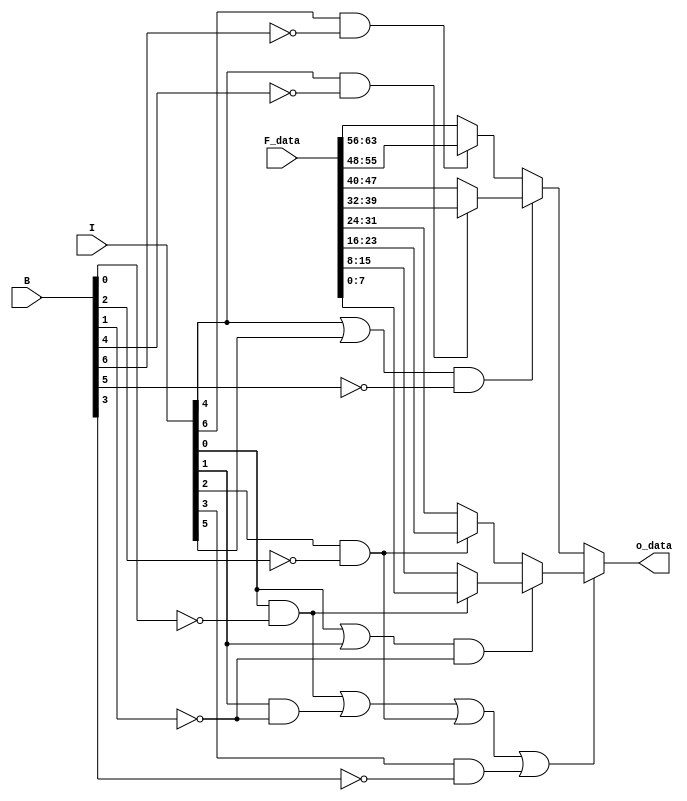
`timescale 1ns / 1ps
//////////////////////////////////////////////////////////////////////////////////
// Company: 
// Engineer: 
// 
// Design Name: 
// Module Name: 8
// Project Name: 
// Target Devices: 
// Tool Versions: 
// Description: 
// 
// Dependencies: 
// 
// Revision:
// Revision 0.01 - File Created
// Additional Comments:
// 
//////////////////////////////////////////////////////////////////////////////////
module Data8 #(parameter FIFOS = 8, parameter DATAWIDTH = 8) (
  input [FIFOS-1:0] I,
  input [FIFOS-1:0] B,
  input [FIFOS*DATAWIDTH-1:0] F_data,
  output [DATAWIDTH-1:0] o_data
);

  reg [DATAWIDTH-1:0] Int[0:6]; // Variables internas entre diferentes selectores
  reg [DATAWIDTH-1:0] Fout;
  
  always @(*) begin
    if (I[0] && !B[0]) begin
      Int[0] = F_data[DATAWIDTH*1-1:DATAWIDTH*0];
    end
    else begin
      Int[0] = F_data[DATAWIDTH*2-1:DATAWIDTH*1];
    end

    if (I[2] && !B[2]) begin
      Int[1] = F_data[DATAWIDTH*3-1:DATAWIDTH*2];
    end
    else begin
      Int[1] = F_data[DATAWIDTH*4-1:DATAWIDTH*3];
    end

    if ((I[0] || I[1]) && !B[1]) begin
      Int[2] = Int[0];
    end
    else begin
      Int[2] = Int[1];
    end
    
    // ... Rest of the code
    
    if (I[4] && !B[4]) begin
      Int[3] = F_data[DATAWIDTH*5-1:DATAWIDTH*4];
    end
    else begin
      Int[3] = F_data[DATAWIDTH*6-1:DATAWIDTH*5];
    end

    if (I[6] && !B[6]) begin
      Int[4] = F_data[DATAWIDTH*7-1:DATAWIDTH*6];
    end
    else begin
      Int[4] = F_data[DATAWIDTH*8-1:DATAWIDTH*7];
    end

    if ((I[4] || I[5]) && !B[5]) begin
      Int[5] = Int[3];
    end
    else begin
      Int[5] = Int[4];
    end


    if ( (I[0] && !B[0]) || (I[1] && !B[1]) || (I[2] && !B[2]) || (I[3] && !B[3]) ) begin
      Int[6] = Int[2];
    end
    else begin
      Int[6] = Int[5];
    end

    Fout = Int[6];
  end

  assign o_data = Fout;

endmodule